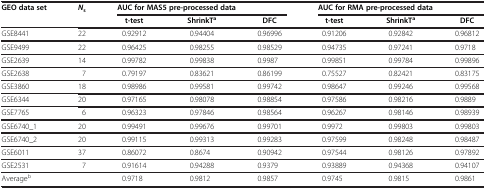
| GEO data set | Ns | <COLSPAN=3> AUC for MAS5 pre-processed data | <COLSPAN=3> AUC for RMA pre-processed data |
 |  |  | t-test | ShrinkTa | DFC | t-test | ShrinkTa | DFC |
 | --- | --- | --- | --- | --- | --- | --- | --- |
 | GSE8441 | 22 | 0.92912 | 0.94404 | 0.96996 | 0.91206 | 0.92842 | 0.96812 |
 | GSE9499 | 22 | 0.96425 | 0.98255 | 0.98529 | 0.94735 | 0.97241 | 0.9718 |
 | GSE2639 | 14 | 0.99782 | 0.99838 | 0.9987 | 0.99851 | 0.99784 | 0.99896 |
 | GSE2638 | 7 | 0.79197 | 0.83621 | 0.86199 | 0.75527 | 0.82421 | 0.83175 |
 | GSE3860 | 18 | 0.98986 | 0.99581 | 0.99742 | 0.98647 | 0.99246 | 0.99568 |
 | GSE6344 | 20 | 0.97165 | 0.98078 | 0.98854 | 0.97586 | 0.98216 | 0.9889 |
 | GSE7765 | 6 | 0.96323 | 0.97846 | 0.98564 | 0.96267 | 0.98146 | 0.98939 |
 | GSE6740_1 | 20 | 0.99491 | 0.99676 | 0.99701 | 0.9972 | 0.99803 | 0.99803 |
 | GSE6740_2 | 20 | 0.99115 | 0.99313 | 0.99283 | 0.97599 | 0.98248 | 0.98487 |
 | GSE6011 | 37 | 0.86072 | 0.8674 | 0.90942 | 0.97544 | 0.98126 | 0.97892 |
 | GSE2531 | 7 | 0.91614 | 0.94288 | 0.9379 | 0.93889 | 0.94368 | 0.94107 |
 | Averageb |  | 0.9718 | 0.9812 | 0.9857 | 0.9745 | 0.9815 | 0.9861 |